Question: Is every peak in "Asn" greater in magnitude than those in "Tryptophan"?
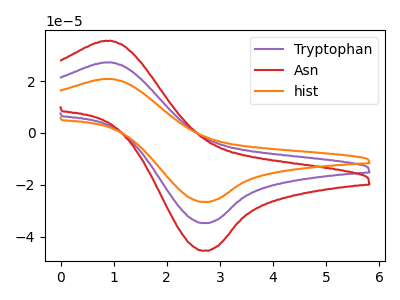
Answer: <think>The purple curve "Tryptophan" has an anodic peak at (0.95V, 27.25uA) and a cathodic peak at (2.70V, -34.80uA). The red curve "Asn" has an anodic peak at (0.95V, 35.60uA) and a cathodic peak at (2.70V, -45.45uA). The orange curve "hist" has an anodic peak at (0.95V, 54.45uA) and a cathodic peak at (2.70V, -69.60uA).</think>
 <answer>Every peak in "Asn" is higher than every peak in "Tryptophan".</answer>
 <eval>higher</eval>